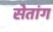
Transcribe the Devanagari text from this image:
सेतांग